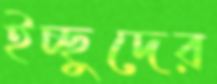
ইচ্ছুদের